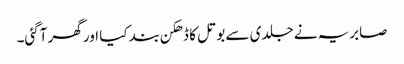
صابریہ نے جلدی سے بوتل کا ڈھکن بند کیا اور گھر آگئی۔